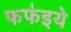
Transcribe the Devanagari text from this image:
फफ॑इये